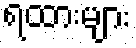
ရထားများ